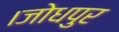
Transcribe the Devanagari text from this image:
।जोधपुर